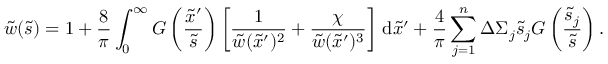
\tilde { w } ( \tilde { s } ) = 1 + \frac { 8 } { \pi } \int _ { 0 } ^ { \infty } G \left( \frac { \tilde { x } ^ { \prime } } { \tilde { s } } \right) \left[ \frac { 1 } { \tilde { w } ( \tilde { x } ^ { \prime } ) ^ { 2 } } + \frac { \chi } { \tilde { w } ( \tilde { x } ^ { \prime } ) ^ { 3 } } \right] \, \mathrm { d } \tilde { x } ^ { \prime } + \frac { 4 } { \pi } \sum _ { j = 1 } ^ { n } \Delta \Sigma _ { j } \tilde { s } _ { j } G \left( \frac { \tilde { s } _ { j } } { \tilde { s } } \right) .